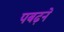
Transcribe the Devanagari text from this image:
पबढ़ने